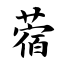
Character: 蓿